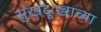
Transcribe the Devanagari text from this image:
सुखदुःखाच्या